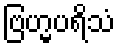
ဗြဟ္မပရိသံ